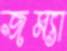
জম্যা